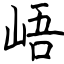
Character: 峿